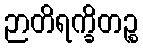
ဉာတိရက္ခိတဉ္စ